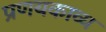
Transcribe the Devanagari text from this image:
प्रणयकाव्य